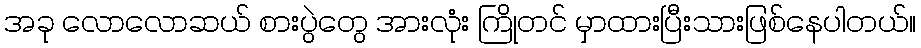
အခု လောလောဆယ် စားပွဲတွေ အားလုံး ကြိုတင် မှာထားပြီးသားဖြစ်နေပါတယ်။